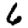
Digit: 6